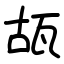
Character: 瓳